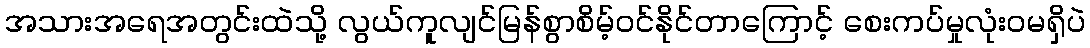
အသားအရေအတွင်းထဲသို့ လွယ်ကူလျင်မြန်စွာစိမ့်ဝင်နိုင်တာကြောင့် စေးကပ်မှုလုံးဝမရှိပဲ